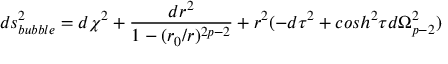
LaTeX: d s _ { b u b b l e } ^ { 2 } = d \chi ^ { 2 } + \frac { d r ^ { 2 } } { 1 - ( r _ { 0 } / r ) ^ { 2 p - 2 } } + r ^ { 2 } ( - d \tau ^ { 2 } + c o s h ^ { 2 } \tau d \Omega _ { p - 2 } ^ { 2 } )